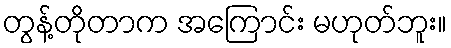
တွန့်တိုတာက အကြောင်း မဟုတ်ဘူး။